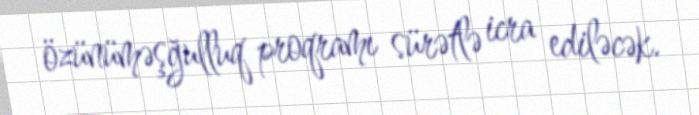
özünüməşğulluq proqramı sürətlə icra ediləcək.